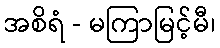
အစိရံ - မကြာမြင့်မီ၊